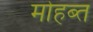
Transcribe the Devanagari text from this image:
मोहब्त